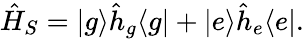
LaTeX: \hat{H}_{S}=|g\rangle\hat{h}_{g}\langle g|+|e\rangle\hat{h}_{e}\langle e|.